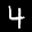
Label: 4